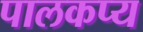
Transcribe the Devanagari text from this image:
पालकप्य